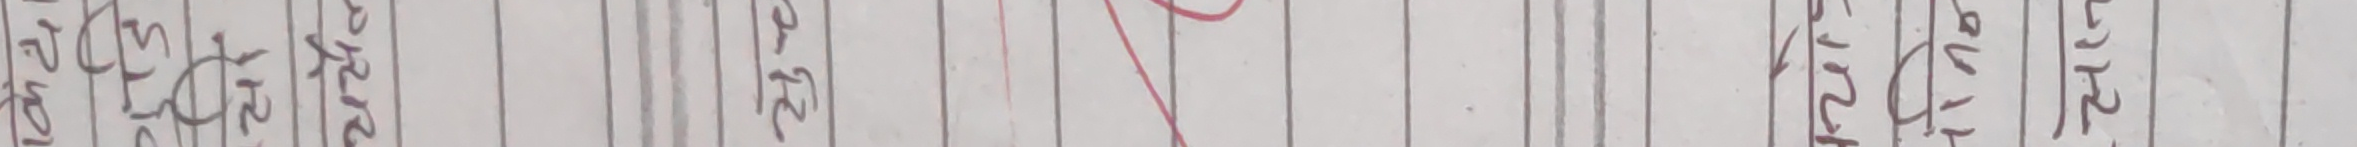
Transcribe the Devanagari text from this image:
सर्‍लरही